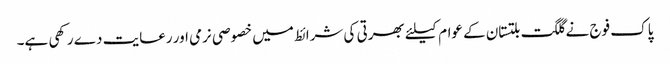
پاک فوج نے گلگت بلتستان کے عوام کیلئے بھرتی کی شرائط میں خصوصی نرمی اور رعایت دے رکھی ہے۔